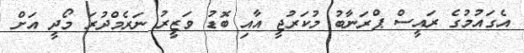
އެގައުމުގެ ރައީސް ޕްރަނާބު މުކަރުޖީ އާއި ބޮޑު ވަޒީރު ނަރެމްދުރަ މޯދީ އަށް